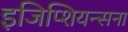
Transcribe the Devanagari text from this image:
इजिप्शियन्सना